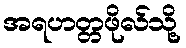
အရဟတ္တဖိုလ်သို့